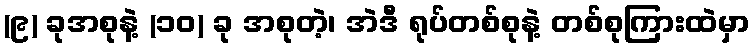
(၉) ခုအစုနဲ့ (၁၀) ခု အစုတဲ့၊ အဲဒီ ရုပ်တစ်စုနဲ့ တစ်စုကြားထဲမှာ